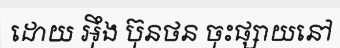
ដោយ អ៊ឹង ប៊ុនថន ចុះផ្សាយនៅ